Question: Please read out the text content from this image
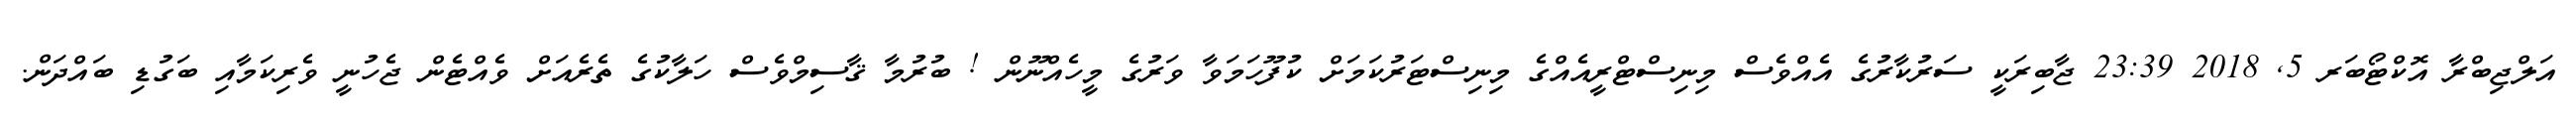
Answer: އަލްޖިބްރާ އޮކްޓޯބަރ 5, 2018 23:39 ޖާބިރަކީ ސަރުކާރުގެ އެއްވެސް މިނިސްޓްރީއެއްގެ މިނިސްޓަރުކަމަށް ކުފޫހަމަވާ ވަރުގެ މީހެއްނޫން ! ބުރުމާ ޤާސިމްވެސް ހަލާކުގެ ތެރެއަށް ވެއްޓެން ޖެހުނީ ވެރިކަމާއި ބަގުޑި ބައްދަން.